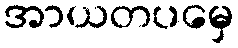
အာယတပမှေ